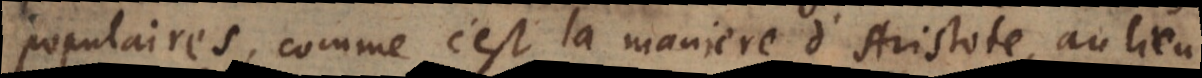
populaires, comme c’est la maniere d’Aristote, au lieu